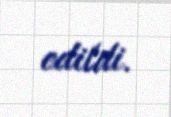
edildi.